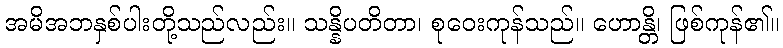
အမိအဘနှစ်ပါးတို့သည်လည်း။ သန္နိပတိတာ၊ စုဝေးကုန်သည်။ ဟောန္တိ၊ ဖြစ်ကုန်၏။